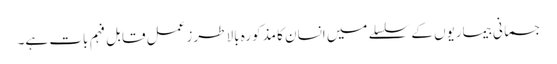
جسمانی بیماریوں کے سلسلے میں انسان کا مذکورہ بالا طرزِ عمل قابل فہم بات ہے۔